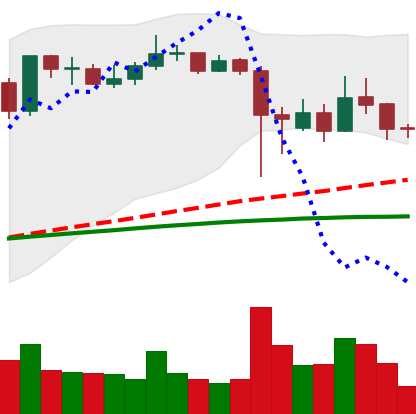
Ticker: ADA-USD
Chart end date: 2021-09-14
Forward return: -4.731%
Label: down_3_5